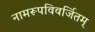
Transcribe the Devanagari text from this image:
नामरूपविवर्जितम्